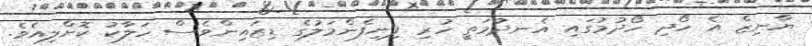
ޔާނިޒް އެ ހޯދި ހޯދުމުގައި އެނދުމަތީ ހުރި ފިނިފެންމަލުގެ ޑިޒައިންވެސް ހަލާކު ކޮށްލިއެވެ.